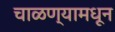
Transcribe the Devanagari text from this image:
चाळण्यामधून